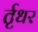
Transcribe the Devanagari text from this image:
र्तृधर